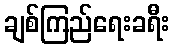
ချစ်ကြည်ရေးခရီး